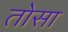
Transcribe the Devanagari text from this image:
तोसा